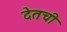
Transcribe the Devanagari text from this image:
देतची